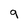
Character: 9